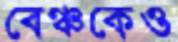
বেঞ্চকেও